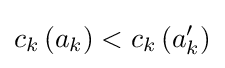
c_{k}\left(a_{k}\right)<c_{k}\left(a_{k}'\right)